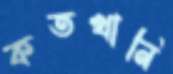
কতখানি